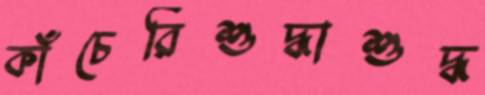
কাঁচেরিশুদ্ধাশুদ্ধ